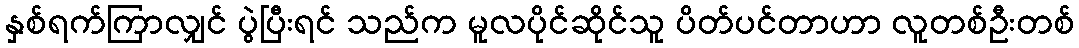
နှစ်ရက်ကြာလျှင် ပွဲပြီးရင် သည်က မူလပိုင်ဆိုင်သူ ပိတ်ပင်တာဟာ လူတစ်ဦးတစ်